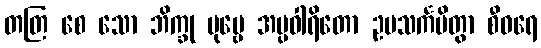
တတြ စေ သော ဘိက္ခု ပုဗ္ဗေ အပ္ပဝါရိတော ဥပသင်္ကမိတွာ စီဝရေ